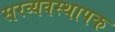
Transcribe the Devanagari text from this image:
सरव्यवस्थापक